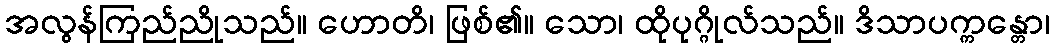
အလွန်ကြည်ညိုသည်။ ဟောတိ၊ ဖြစ်၏။ သော၊ ထိုပုဂ္ဂိုလ်သည်။ ဒိသာပက္ကန္တော၊